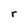
Character: r